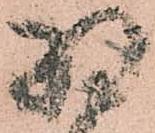
羽